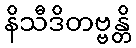
နိသီဒိတဗ္ဗန္တိ